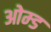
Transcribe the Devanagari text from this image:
ओम्ड